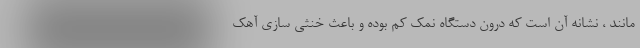
مانند ، نشانه آن است که درون دستگاه نمک کم بوده و باعث خنثی سازی آهک